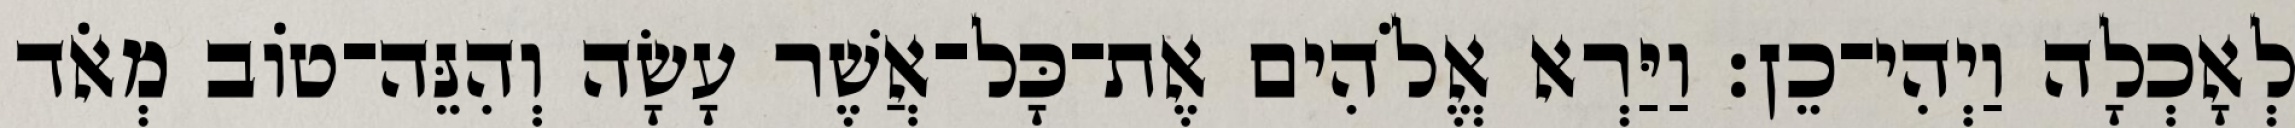
לְאָכְלָה וַיְהִי־כֵן׃ וַיַּרְא אֱלֹהִים אֶת־כָּל־אֲשֶׁר עָשָׂה וְהִנֵּה־טֹוב מְאֹד